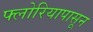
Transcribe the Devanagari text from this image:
फ्लोरियापासून